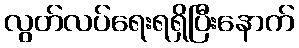
လွတ်လပ်ရေးရရှိပြီးနောက်